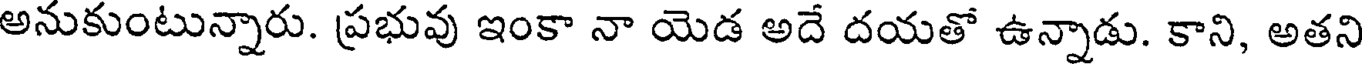
అనుకుంటున్నారు. ప్రభువు ఇంకా నా యెడ అదే దయతో ఉన్నాడు. కాని, అతని